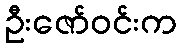
ဦးဇော်ဝင်းက